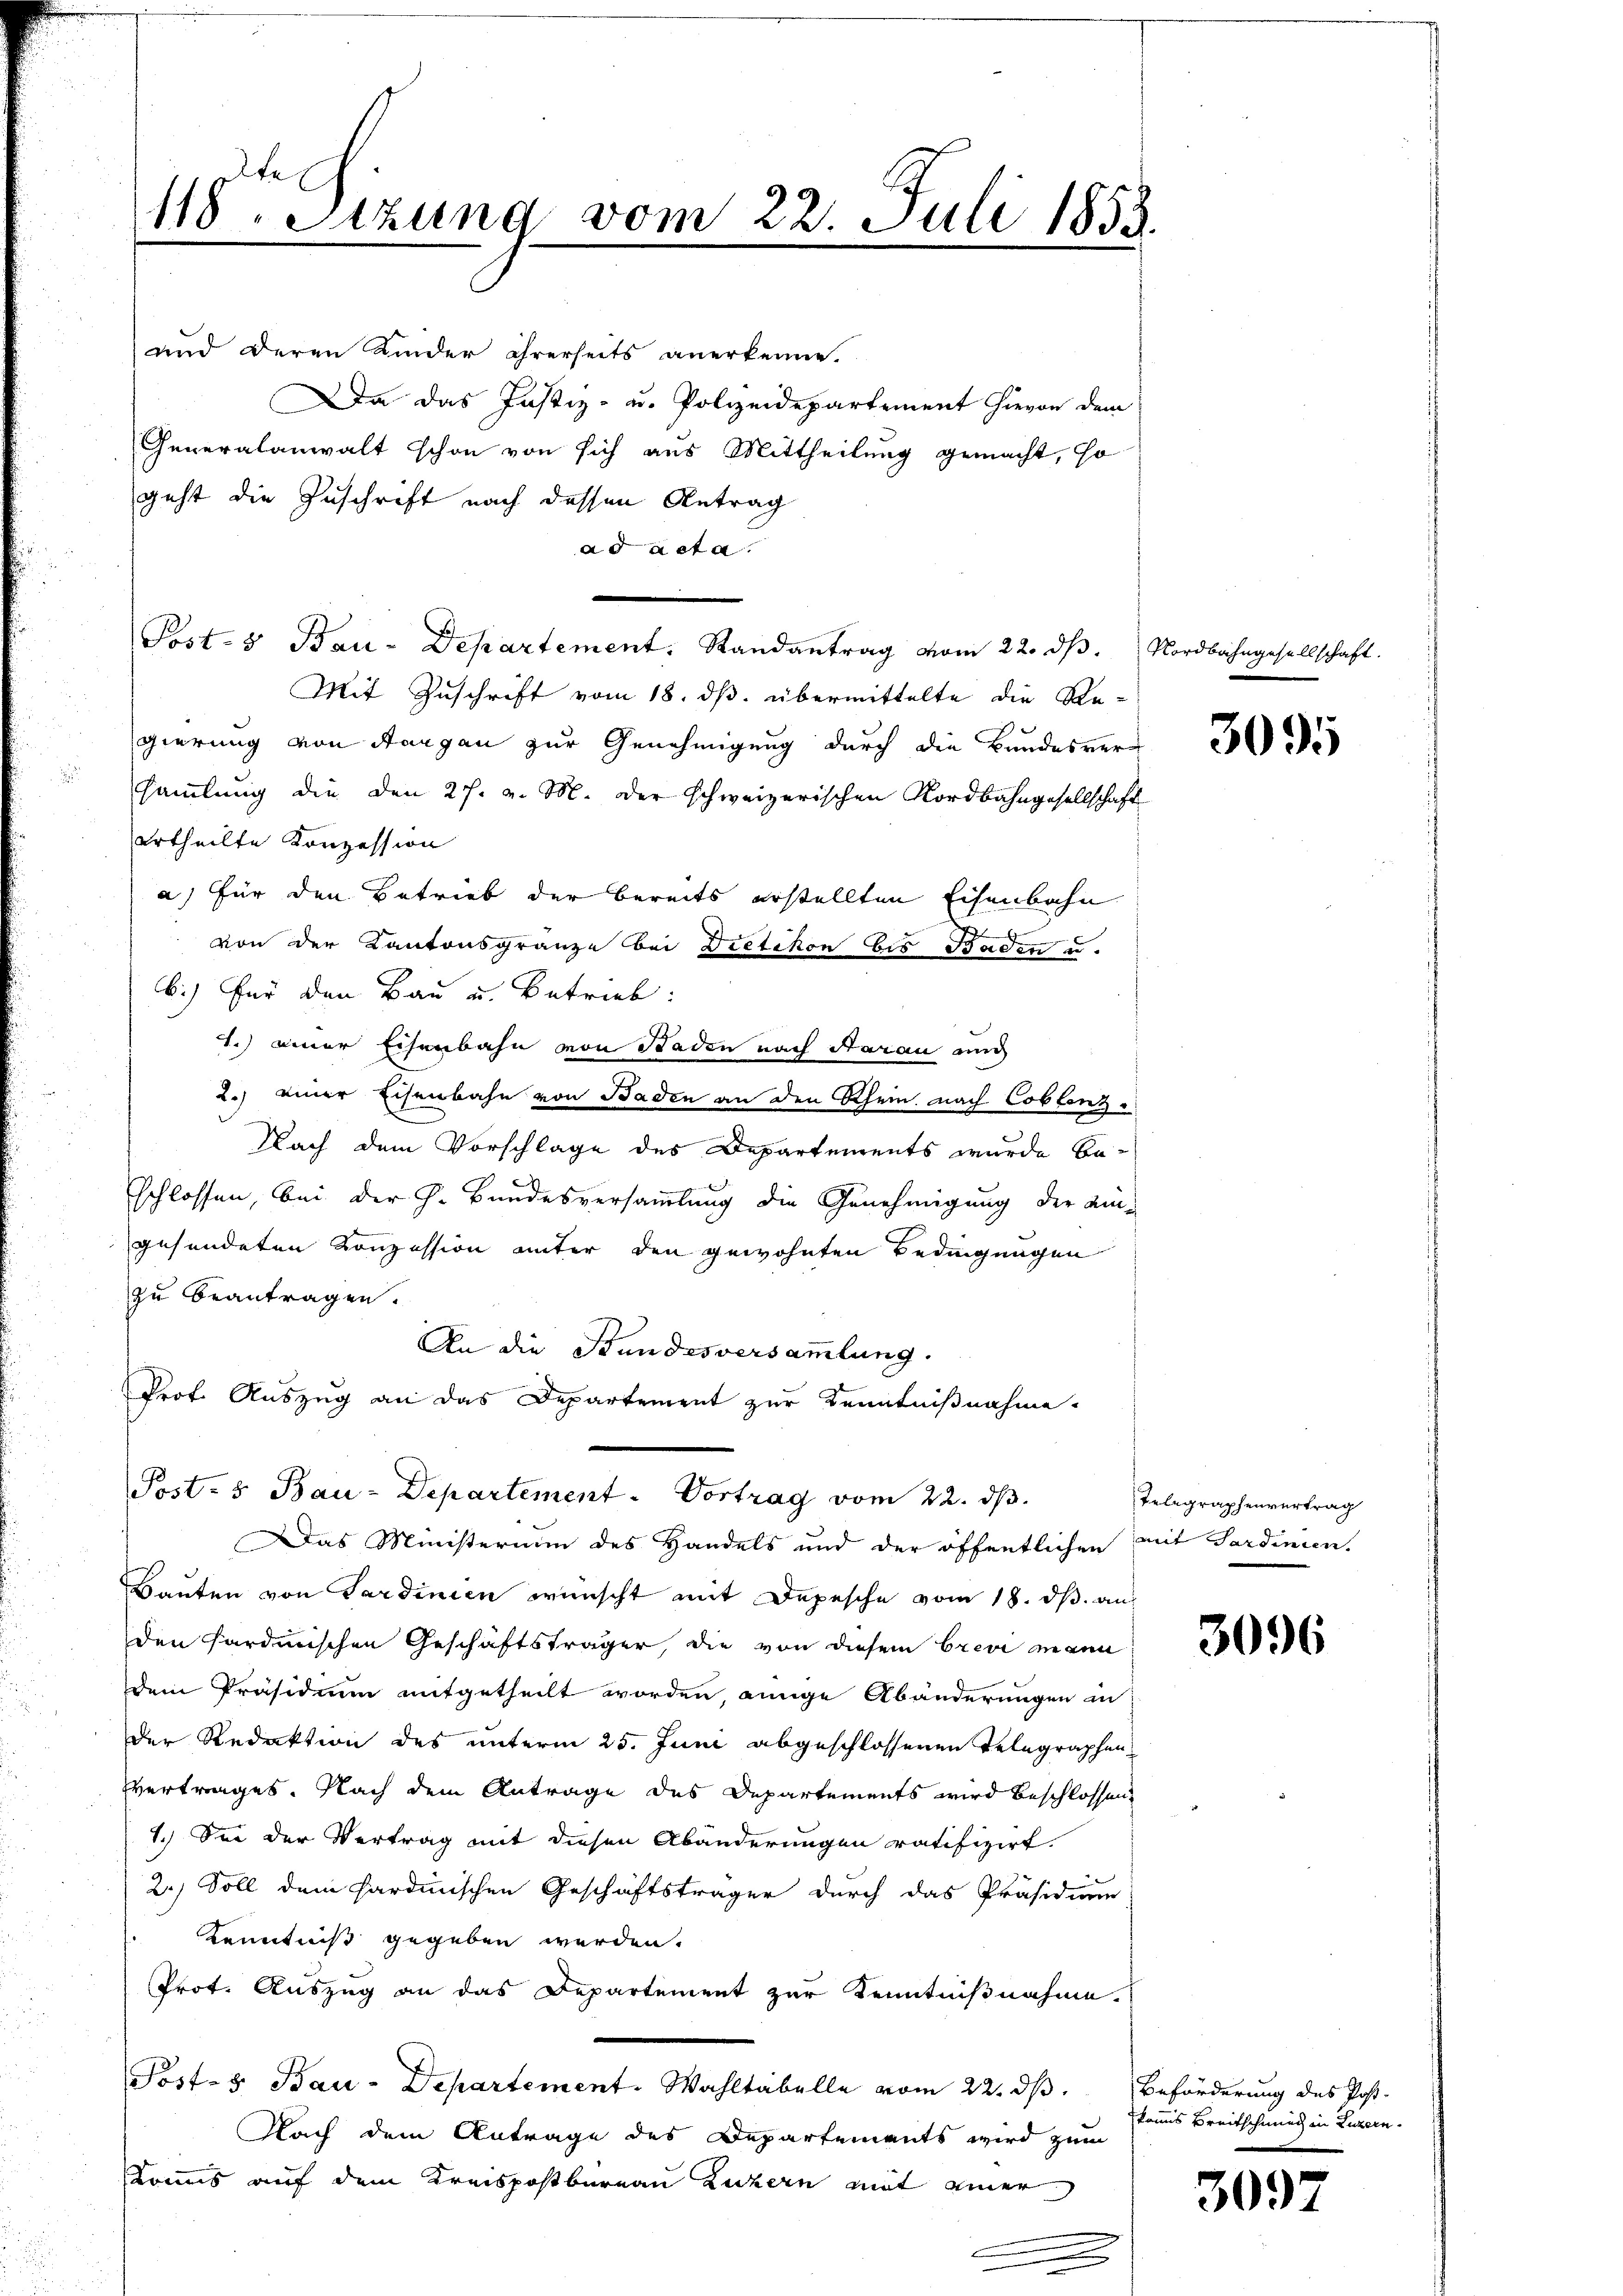
118. Sitzung vom 22. Juli 1858.

und deren Kinder ihrerseits anerkenne.
Da das Justiz- u. Polizeidepartement hievon dem
Generalanwalt schon von sich aus Mittheilung gemacht, so
geht die Zuschrift nach dessen Antrag
ad acta.
Post- & Bau-Departement. Randantrag vom 22. ds. Nordbahngesellschaft.
Mit Zuschrift vom 18. ds. übermittelte die Re-
gierung von Aargau zur Genehmigung durch die Bundesversamlung die den 27. v. M. der schweizerischen Nordbahngesellschaft
urtheilte Konzession
a) für den Betrieb der bereits erstellten Eisenbahn
von der Kantonsgränze bei Dietikon bis Baden u.
b.) Für den Bau u. Betrieb:
1.) einer Eisenbahn von Baden nach daran an
2.) einer Eisenbahn von Baden an den Rhein nach Coblenz-
Nach dem Vorschlage des Departements wurde beschlossen, bei der h. Bundesversammlung die Genehmigung der Um-
gesendeten Konzession unter den gewohnten Bedingungen
zu beantragen.
An die Stundesversammlung.
Prof. Auszug an das Departement zur Kenntnißnahme.
Post- & Bau-Departement. Vortrag vom 22. dβ.
Das Ministerium des Handels und der öffentlichen mit Sardinien.
Bauten von Gardinien wünscht mit Depesche vom 18. ds. au
den Hardmischen Geschäftsträger, die von diesem brevi mann
dem Präsidium mitgetheilt worden, einige Abänderungen in
der Redaktion des unterm 25. Juni abgeschlossenen Telegraphen
vertrages. Nach dem Antrage des Departements wird beschlossen
1.) See der Vertrag mit diesen Abänderungen ratifizirt.
2.) Soll dem Sardinischen Geschäftsträger durch das Präsidium
Kenntniß gegeben werden.
Prot. Auszug an das Departement zur Kenntnißnahme.
Post- & Bau-Departement. Wahltabelle vom 22. ds. Beförderung des Post-
Nach dem Antrage des Departements wird zum
Kommis auf dem Kreispostbureau Luzern mit einer

3095

Telegraphenvertrag

3096

kanns Breitschnung in Luzern.

3097